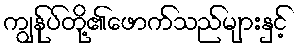
ကျွန်ုပ်တို့၏ဖောက်သည်များနှင့်